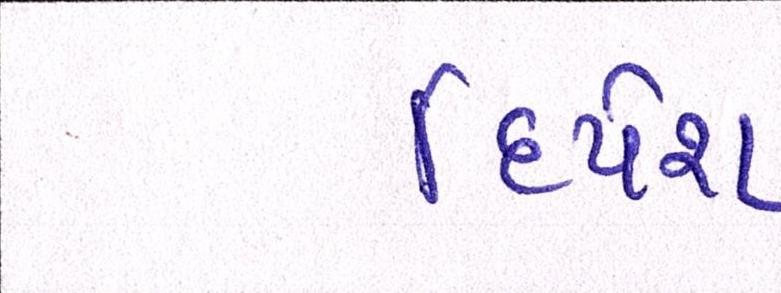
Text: દિપેશ